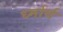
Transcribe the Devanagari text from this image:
र्ध्मार्थ